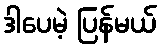
ဒါပေမဲ့ ပြန်မယ်